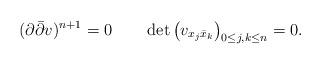
LaTeX: \begin{align*}(\partial\bar\partial v)^{n+1}=0\qquad \det\big(v_{x_j\bar x_k} \big)_{0\le j,k\le n}=0.\end{align*}